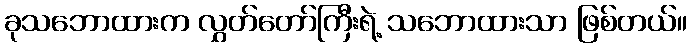
ခုသဘောထားက လွှတ်တော်ကြီးရဲ့ သဘောထားသာ ဖြစ်တယ်။